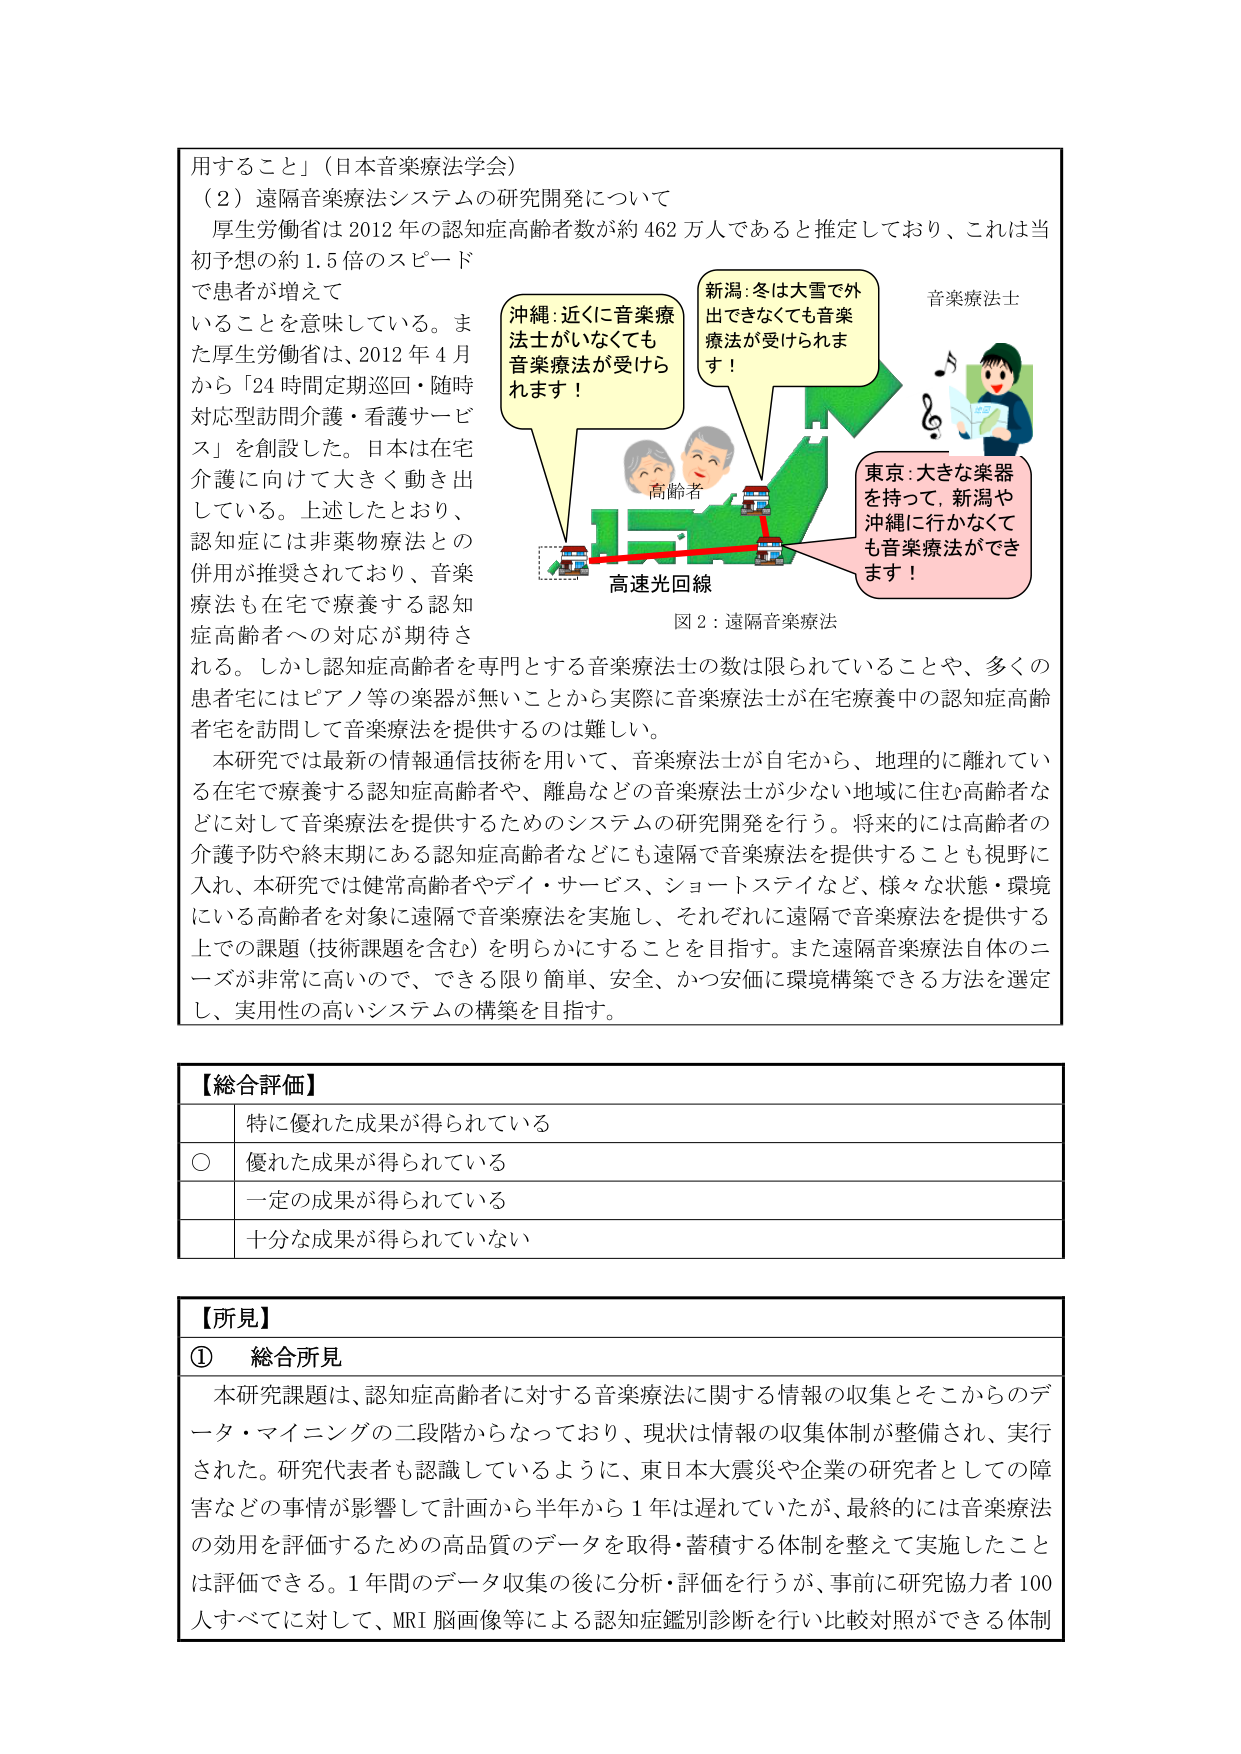
用すること」（日本音楽療法学会）
（2）遠隔音楽療法システムの研究開発について
厚生労働省は2012年の認知症高齢者数が約462万人であると推定しており、これは当初予想の約1.5倍のスピードで患者が増えて
いることを意味している。また厚生労働省は、2012年4月から「24時間定期巡回・随時対応型訪問介護・看護サービス」を創設した。日本は在宅介護に向けて大きく動き出している。上述したとおり、認知症には非薬物療法との併用が推奨されており、音楽療法も在宅で療養する認知症高齢者への対応が期待される。しかし認知症高齢者を専門とする音楽療法士の数は限られていることや、多くの患者宅にはピアノ等の楽器が無いことから実際に音楽療法士が在宅療養中の認知症高齢者宅を訪問して音楽療法を提供するのは難しい。

本研究では最新の情報通信技術を用いて、音楽療法士が自宅から、地理的に離れている在宅で療養する認知症高齢者や、離島などの音楽療法士が少ない地域に住む高齢者などに対して音楽療法を提供するためのシステムの研究開発を行う。将来的には高齢者の介護予防や終末期にある認知症高齢者などにも遠隔で音楽療法を提供することも視野に入れ、本研究では健常高齢者やデイ・サービス、ショートステイなど、様々な状態・環境にいる高齢者を対象に遠隔で音楽療法を実施し、それぞれに遠隔で音楽療法を提供する上での課題（技術課題を含む）を明らかにすることを目指す。また遠隔音楽療法自体のニーズが非常に高いので、できる限り簡単、安全、かつ安価に環境構築できる方法を選定し、実用性の高いシステムの構築を目指す。

沖縄：近くに音楽療法士がいなくても音楽療法が受けられます！
新潟：冬は大雪で外出できなくても音楽療法が受けられます！
東京：大きな楽器を持って、新潟や沖縄に行かなくても音楽療法ができます！
音楽療法士
高齢者
高速光回線
図2：遠隔音楽療法

【総合評価】
○ 特に優れた成果が得られている
○ 優れた成果が得られている
○ 一定の成果が得られている
○ 十分な成果が得られていない

【所見】
① 総合所見
本研究課題は、認知症高齢者に対する音楽療法に関する情報の収集とそこからのデータ・マイニングの二段階からなっており、現状は情報の収集体制が整備され、実行された。研究代表者も認識しているように、東日本大震災や企業の研究者としての障害などの事情が影響して計画から半年から1年は遅れていたが、最終的には音楽療法の効用を評価するための高品質のデータを取得・蓄積する体制を整えて実施したことは評価できる。1年間のデータ収集の後に分析・評価を行うが、事前に研究協力者100人すべてに対して、MRI脳画像等による認知症鑑別診断を行い比較対照ができる体制